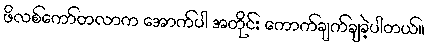
ဖိလစ်ကော်တလာက အောက်ပါ အတိုင်း ကောက်ချက်ချခဲ့ပါတယ်။